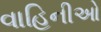
વાહિનીઓ